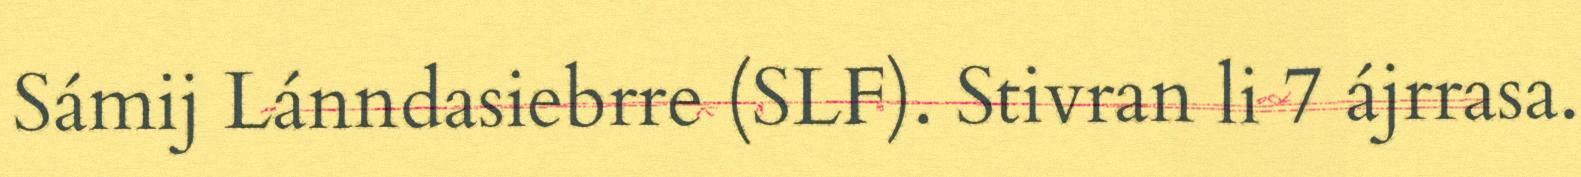
Sámij Lánndasiebrre (SLF). Stivran li 7 ájrrasa.